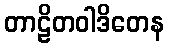
တာဠိတဝါဒိတေန